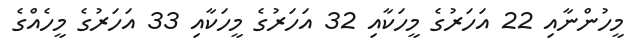
މީހުންނާއި 22 އަހަރުގެ މީހަކާއި 32 އަހަރުގެ މީހަކާއި 33 އަހަރުގެ މީހެއްގެ